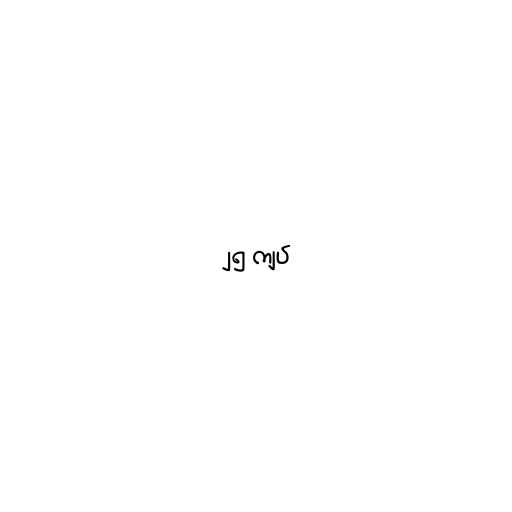
၂၅ ကျပ်